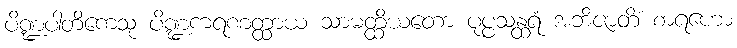
ပိဏ္ဍပါတိကေသု ပိဏ္ဍကရဏတ္ထာယ သာမတ္ထိယတော ပုပ္ဖသန္ထရံ အဘိဇာတိံ စာရဟော